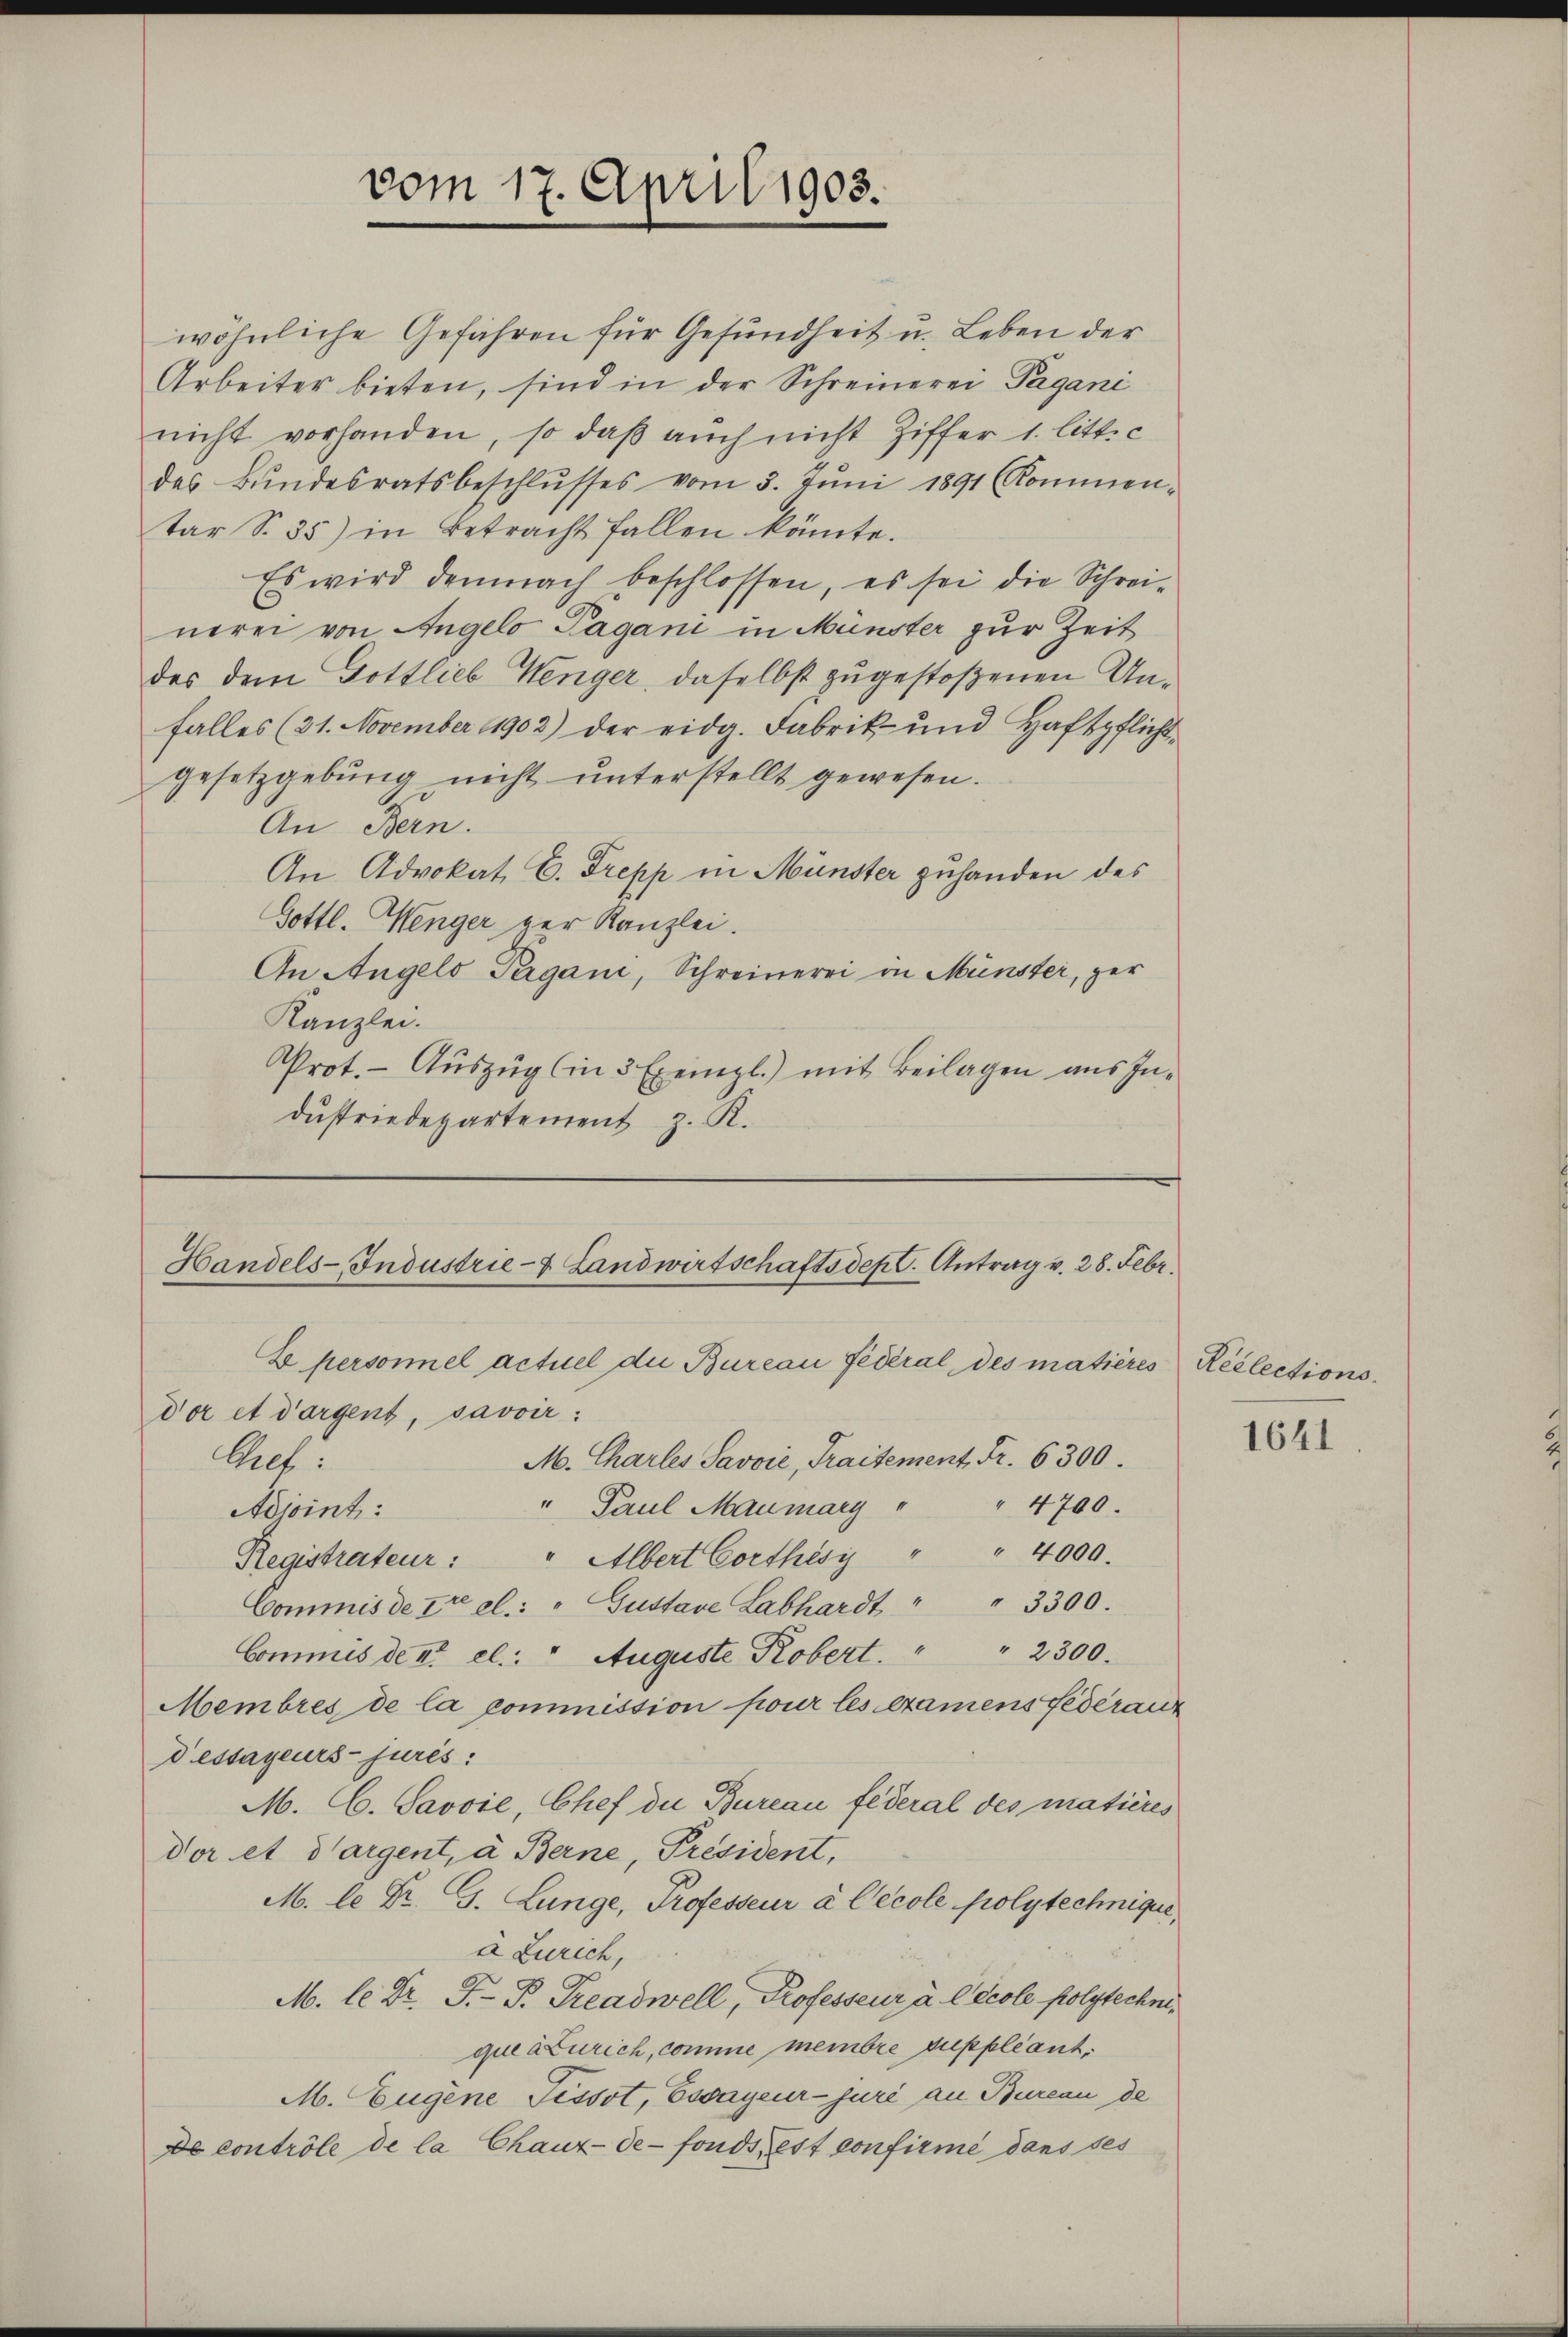
vom 17. April 1905.

wöhnliche Gefähren für Gesundheit u. Leben der
Arbeiter bieten, sind in der Schreinerei Pagani
nicht vorhanden, so daß auch nicht Ziffer 1. litt. c
des Bŭndesratsbeschlŭsses vom 3. Juni 1891 kommen-
tar S. 35) in Betracht fallen könnte.
Es wird demnach beschlossen, es sei die Schrei-
nerei von Angelo Pagani in Münster zur Zeit
des dem Gottlieb Wenger, daselbst zugestoßenen Unfalles (21. November 1902) der eidg. Fabrik- und Haftpflicht-
gesetzgeburig nicht unterstellt gewesen.
An Bern.
An Advokat C. Trepp in Münster zuhanden des
Gottl. Wenger zur Kanzlei.
An Angelo Pergani, Schreinerei in Münster, ger
Kanzlei.
Prot. Aŭszŭg (in 3 Exempl.) mit Beilagen aus Industriedepartement z. R.

Handels-Industrie- & Landwirtschaftsdep. Antrag v. 28. Febr.
E personnel actuel die Bureau fédéral, des matières Réélections¬

dor et dargent, savoir:
bel.
M. Charles Savoie, Traitement Fr. 6300.
" Paul Maumary " " 4700.
Adjoint:
Registrateur: " Albert Corthésy " " 4000.
Commis de tre el.: " Gustave Labhardt " " 3300.
Commis de II. el.: " Auguste Robert. " " 2300.
Membres de la commission pour les examens Federaus
dessayeurs juris:
M. C. Savoie, Chef die Bureau federal des matières
dor et dargent, à Berne, Président,
M. le Dr. G. Lunge, Professeur à Cecole polytechnique,
a Zürich,
M. le Dr. P. P. Treadwell, Professeur à l Ecole folytechne,
queáZürich, comme membre suppleant¬
M. Eugene Tissot, Ewayeur-juri an Bureau de
De contrôle de la Chaux-de-Fonds, est confirmé dans ses

1641